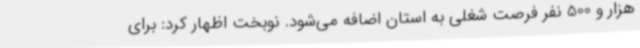
هزار و 500 نفر فرصت شغلی به استان اضافه می‌شود. نوبخت اظهار کرد: برای